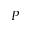
P